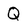
Character: Q